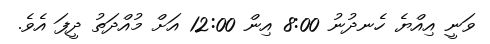
ވަނީ އިއްޔެ ހެނދުނު 8:00 އިން 12:00 އަށް މުއްދަތު ދީފަ އެވެ.